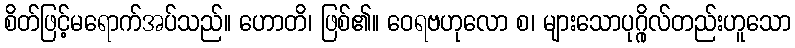
စိတ်ဖြင့်မရောက်အပ်သည်။ ဟောတိ၊ ဖြစ်၏။ ဝေရဗဟုလော စ၊ များသောပုဂ္ဂိုလ်တည်းဟူသော